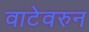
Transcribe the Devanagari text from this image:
वाटेवरुन